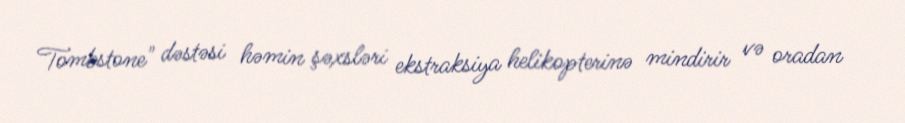
Tombstone" dəstəsi həmin şəxsləri ekstraksiya helikopterinə mindirir və oradan